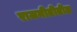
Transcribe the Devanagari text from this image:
राजनीतीतील